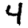
Digit: 4